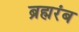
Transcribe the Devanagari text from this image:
ब्रह्मरंब